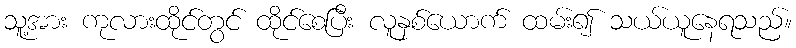
သူ့အား ကုလားထိုင်တွင် ထိုင်စေပြီး လူနှစ်ယောက် ထမ်း၍ သယ်ယူနေရသည်။